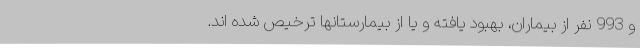
و 993 نفر از بیماران، بهبود یافته و یا از بیمارستانها ترخیص شده اند.